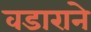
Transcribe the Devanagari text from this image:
वडाराने